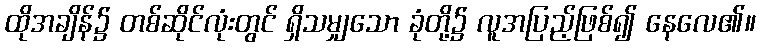
ထိုအချိန်၌ တစ်ဆိုင်လုံးတွင် ရှိသမျှသော ခုံတို့၌ လူအပြည့်ဖြစ်၍ နေလေ၏။